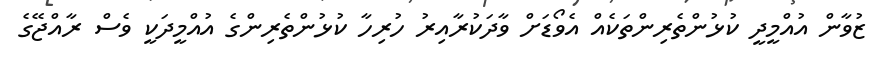
ޒުވާން އުއްމީދީ ކުޅުންތެރިންތަކެއް އެވޯޑަށް ވާދަކުރާއިރު ހުރިހާ ކުޅުންތެރިންގެ އުއްމީދަކީ ވެސް ރާއްޖޭގެ